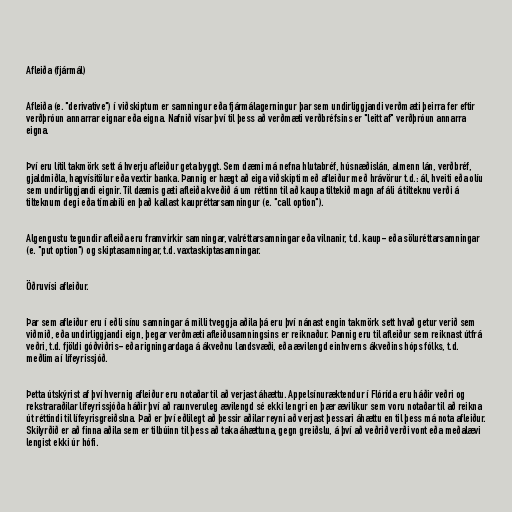
Afleiða (fjármál)

Afleiða (e. "derivative") í viðskiptum er samningur eða fjármálagerningur þar sem undirliggjandi verðmæti þeirra fer eftir
verðþróun annarrar eignar eða eigna. Nafnið vísar því til þess að verðmæti verðbréfsins er "leitt af" verðþróun annarra
eigna.

Því eru lítil takmörk sett á hverju afleiður geta byggt. Sem dæmi má nefna hlutabréf, húsnæðislán, almenn lán, verðbréf,
gjaldmiðla, hagvísitölur eða vextir banka. Þannig er hægt að eiga viðskipti með afleiður með hrávörur t.d.: ál, hveiti eða olíu
sem undirliggjandi eignir. Til dæmis gæti afleiða kveðið á um réttinn til að kaupa tiltekið magn af áli á tilteknu verði á
tilteknum degi eða tímabili en það kallast kaupréttarsamningur (e. "call option").

Algengustu tegundir afleiða eru framvirkir samningar, valréttarsamningar eða vilnanir, t.d. kaup- eða söluréttarsamningar
(e. "put option") og skiptasamningar, t.d. vaxtaskiptasamningar.

Öðruvísi afleiður.

Þar sem afleiður eru í eðli sínu samningar á milli tveggja aðila þá eru því nánast engin takmörk sett hvað getur verið sem
viðmið, eða undirliggjandi eign, þegar verðmæti afleiðusamningsins er reiknaður. Þannig eru til afleiður sem reiknast útfrá
veðri, t.d. fjöldi góðviðris- eða rigningardaga á ákveðnu landsvæði, eða ævilengd einhverns ákveðins hóps fólks, t.d.
meðlima í lífeyrissjóð.

Þetta útskýrist af því hvernig afleiður eru notaðar til að verjast áhættu. Appelsínuræktendur í Flórída eru háðir veðri og
rekstraraðilar lífeyrissjóða háðir því að raunveruleg ævilengd sé ekki lengri en þær ævilíkur sem voru notaðar til að reikna
út réttindi til lífeyrisgreiðslna. Það er því eðlilegt að þessir aðilar reyni að verjast þessari áhættu en til þess má nota afleiður.
Skilyrðið er að finna aðila sem er tilbúinn til þess að taka áhættuna, gegn greiðslu, á því að veðrið verði vont eða meðalævi
lengist ekki úr hófi.